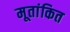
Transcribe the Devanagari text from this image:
मूतांकित